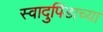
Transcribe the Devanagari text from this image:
स्वादुपिंडाच्या